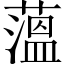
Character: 薀